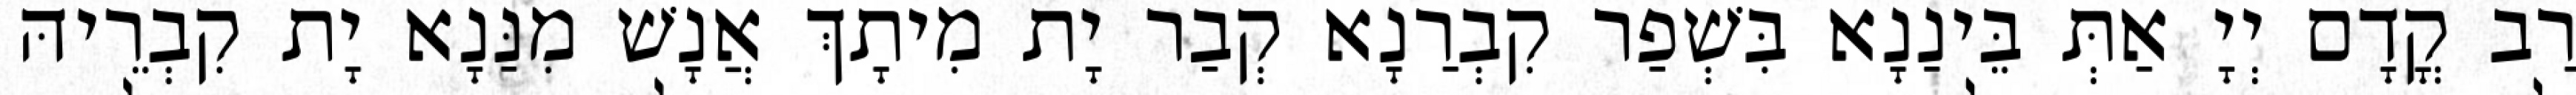
רַב קֳדָם יְיָ אַתְּ בֵּינַנָא בִּשְׁפַר קִבְרַנָא קְבַר יָת מִיתָךְ אֲנָשׁ מִנַּנָא יָת קִבְרֵיהּ